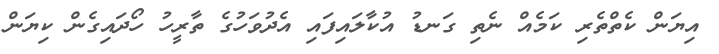
އިޔަން ކެތްތެރި ކަމެއް ނެތި ގަނޑު އުކާލައިފައި އެދުވަހުގެ ތާރީހު ހޯދައިގެން ކިޔަން